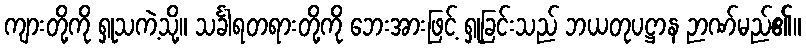
ကျားတို့ကို ရှုသကဲ့သို့။ သင်္ခါရတရားတို့ကို ဘေးအားဖြင့် ရှုခြင်းသည် ဘယတုပဋ္ဌာန ဉာဏ်မည်၏။